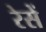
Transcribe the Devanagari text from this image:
रेसें